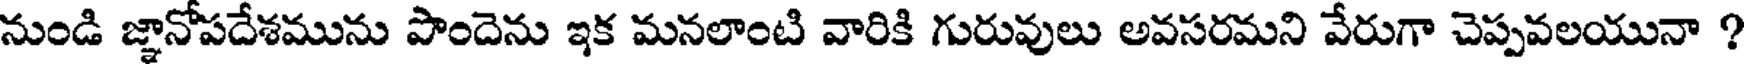
నుండి జ్ఞానోపదేశమును పొందెను ఇక మనలాంటి వారికి గురువులు అవసరమని వేరుగా చెప్పవలయునా ?